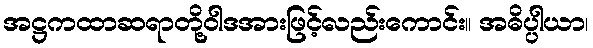
အဋ္ဌကထာဆရာတို့ဝါဒအားဖြင့်လည်းကောင်း။ အဓိပ္ပါယာ၊